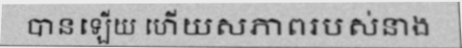
បានឡើយ ហើយសភាពរបស់នាង